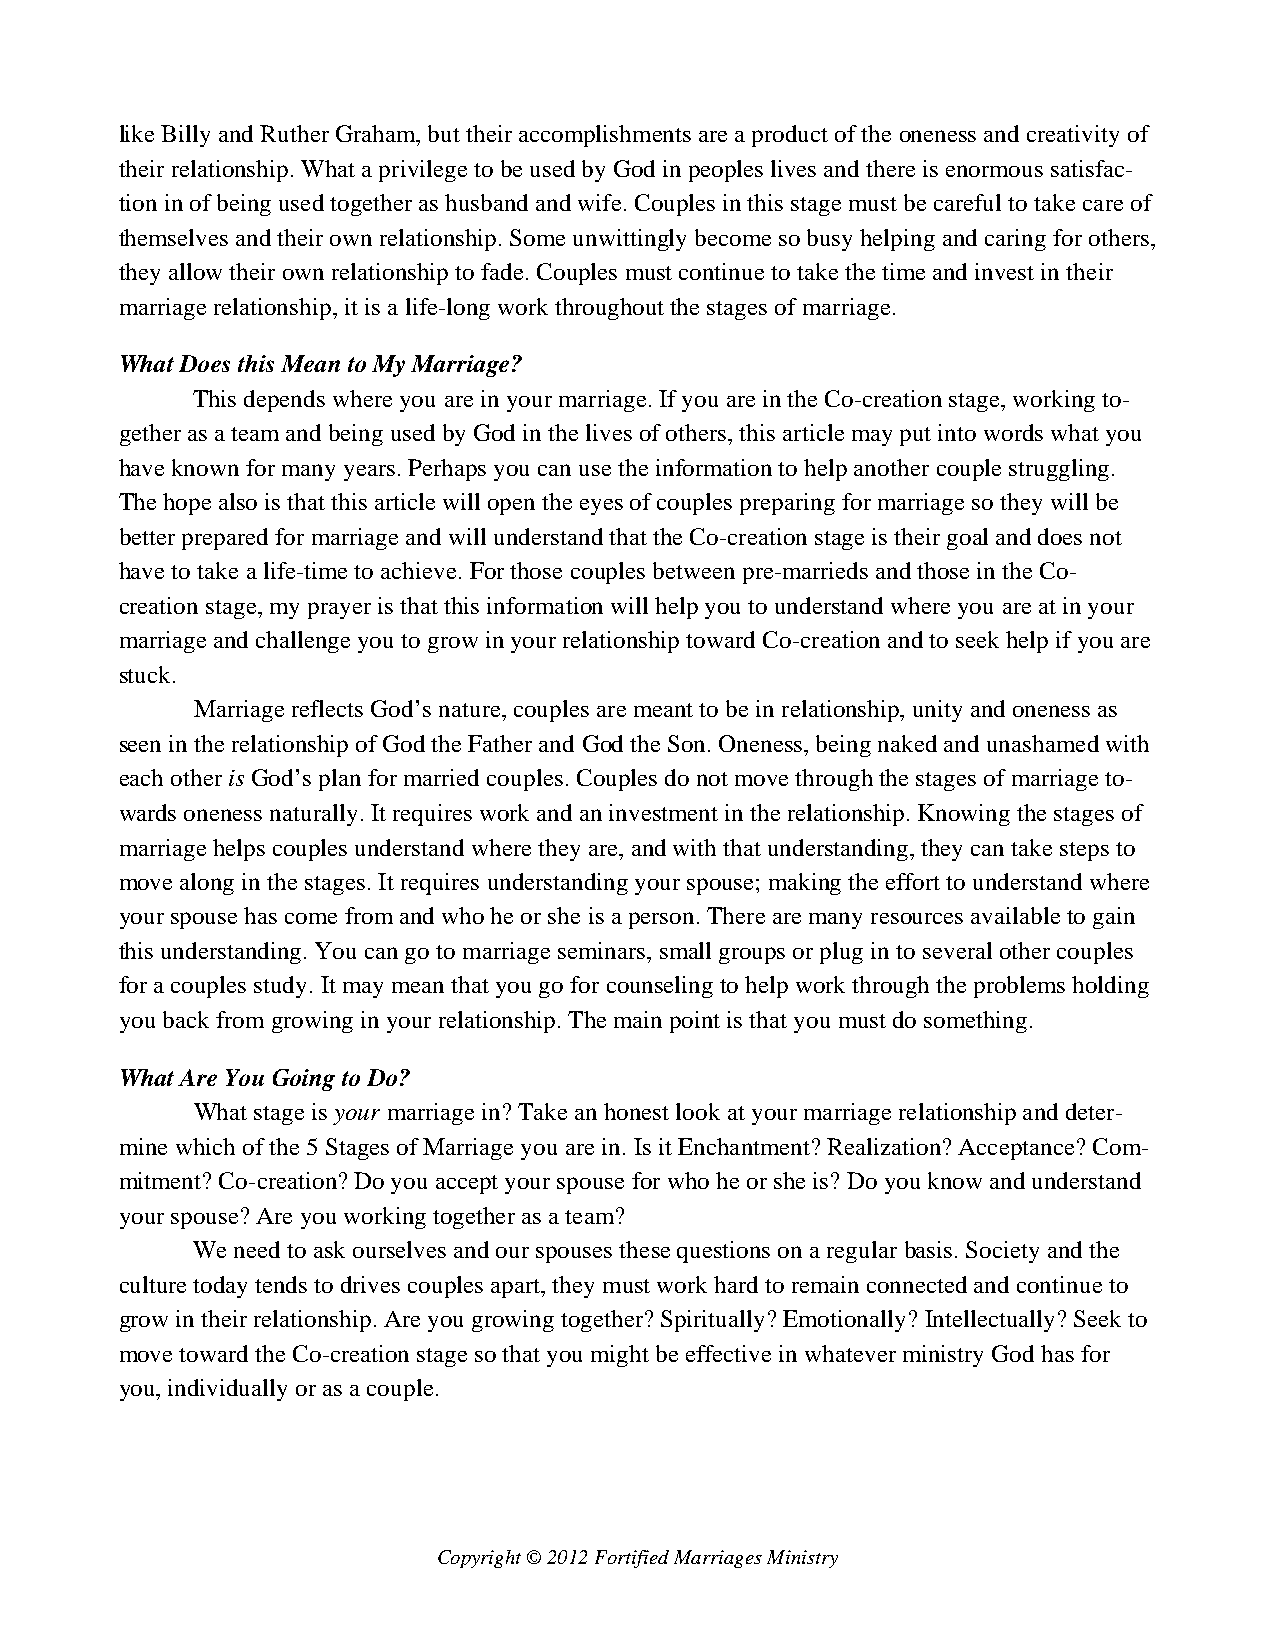
like Billy and Ruther Graham, but their accomplishments are a product of the oneness and creativity of
 their relationship. What a privilege to be used by God in peoples lives and there is enormous satisfac-
 tion in of being used together as husband and wife. Couples in this stage must be careful to take care of
 themselves and their own relationship. Some unwittingly become so busy helping and caring for others,
 they allow their own relationship to fade. Couples must continue to take the time and invest in their
 marriage relationship, it is a life-long work throughout the stages of marriage.
 What Does this Mean to My Marriage?
 This depends where you are in your marriage. If you are in the Co-creation stage, working to-
 gether as a team and being used by God in the lives of others, this article may put into words what you
 have known for many years. Perhaps you can use the information to help another couple struggling.
 The hope also is that this article will open the eyes of couples preparing for marriage so they will be
 better prepared for marriage and will understand that the Co-creation stage is their goal and does not
 have to take a life-time to achieve. For those couples between pre-marrieds and those in the Co-
 creation stage, my prayer is that this information will help you to understand where you are at in your
 marriage and challenge you to grow in your relationship toward Co-creation and to seek help if you are
 stuck.
 Marriage reflects God’s nature, couples are meant to be in relationship, unity and oneness as
 seen in the relationship of God the Father and God the Son. Oneness, being naked and unashamed with
 each other is God’s plan for married couples. Couples do not move through the stages of marriage to-
 wards oneness naturally. It requires work and an investment in the relationship. Knowing the stages of
 marriage helps couples understand where they are, and with that understanding, they can take steps to
 move along in the stages. It requires understanding your spouse; making the effort to understand where
 your spouse has come from and who he or she is a person. There are many resources available to gain
 this understanding. You can go to marriage seminars, small groups or plug in to several other couples
 for a couples study. It may mean that you go for counseling to help work through the problems holding
 you back from growing in your relationship. The main point is that you must do something.
 What Are You Going to Do?
 What stage is your marriage in? Take an honest look at your marriage relationship and deter-
 mine which of the 5 Stages of Marriage you are in. Is it Enchantment? Realization? Acceptance? Com-
 mitment? Co-creation? Do you accept your spouse for who he or she is? Do you know and understand
 your spouse? Are you working together as a team?
 We need to ask ourselves and our spouses these questions on a regular basis. Society and the
 culture today tends to drives couples apart, they must work hard to remain connected and continue to
 grow in their relationship. Are you growing together? Spiritually? Emotionally? Intellectually? Seek to
 move toward the Co-creation stage so that you might be effective in whatever ministry God has for
 you, individually or as a couple.
 Copyright © 2012 Fortified Marriages Ministry